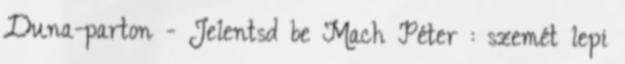
Duna-parton - Jelentsd be Mach Péter : szemét lepi